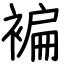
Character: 褊